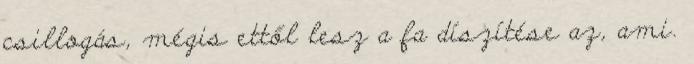
csillogás, mégis ettől lesz a fa díszítése az, ami.